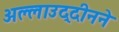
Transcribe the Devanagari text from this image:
अल्लाउद्दीनने